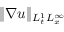
\| \nabla u \| _ { L _ { t } ^ { 1 } L _ { x } ^ { \infty } }